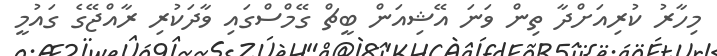
މިހާރު ކުރިއަށްދާ ތިން ވަނަ އޭޝިއަން ބީޗް ގޭމްސްގައި ވާދަކުރި ރާއްޖޭގެ ގައުމީ